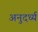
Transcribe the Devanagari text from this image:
अनुदर्ध्य